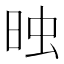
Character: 𣆣